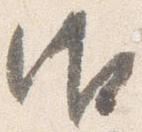
御